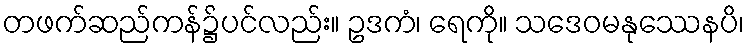
တဖက်ဆည်ကန်၌ပင်လည်း။ ဥဒကံ၊ ရေကို။ သဒေဝမနုဿေနပိ၊